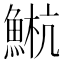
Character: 𫙤